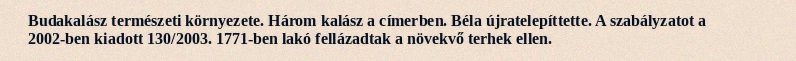
Budakalász természeti környezete. Három kalász a címerben. Béla újratelepíttette. A szabályzatot a 2002-ben kiadott 130/2003. 1771-ben lakó fellázadtak a növekvő terhek ellen.